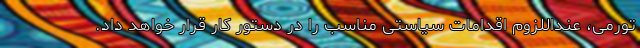
تورمی، عنداللزوم اقدامات سیاستی مناسب را در دستور کار قرار خواهد داد.